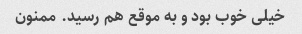
خیلی خوب بود و به موقع هم رسید. ممنون